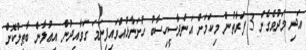
އަދި މަދުވެގެން 3 ފަރާތުން މިކަމަށް އަންދާސީހިސާބު ހުށަނާޅުއްވައިފިނަމަ ގަވާއިދުން އިޢުލާން ބާޠިލުކޮށް